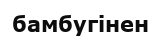
бамбугінен